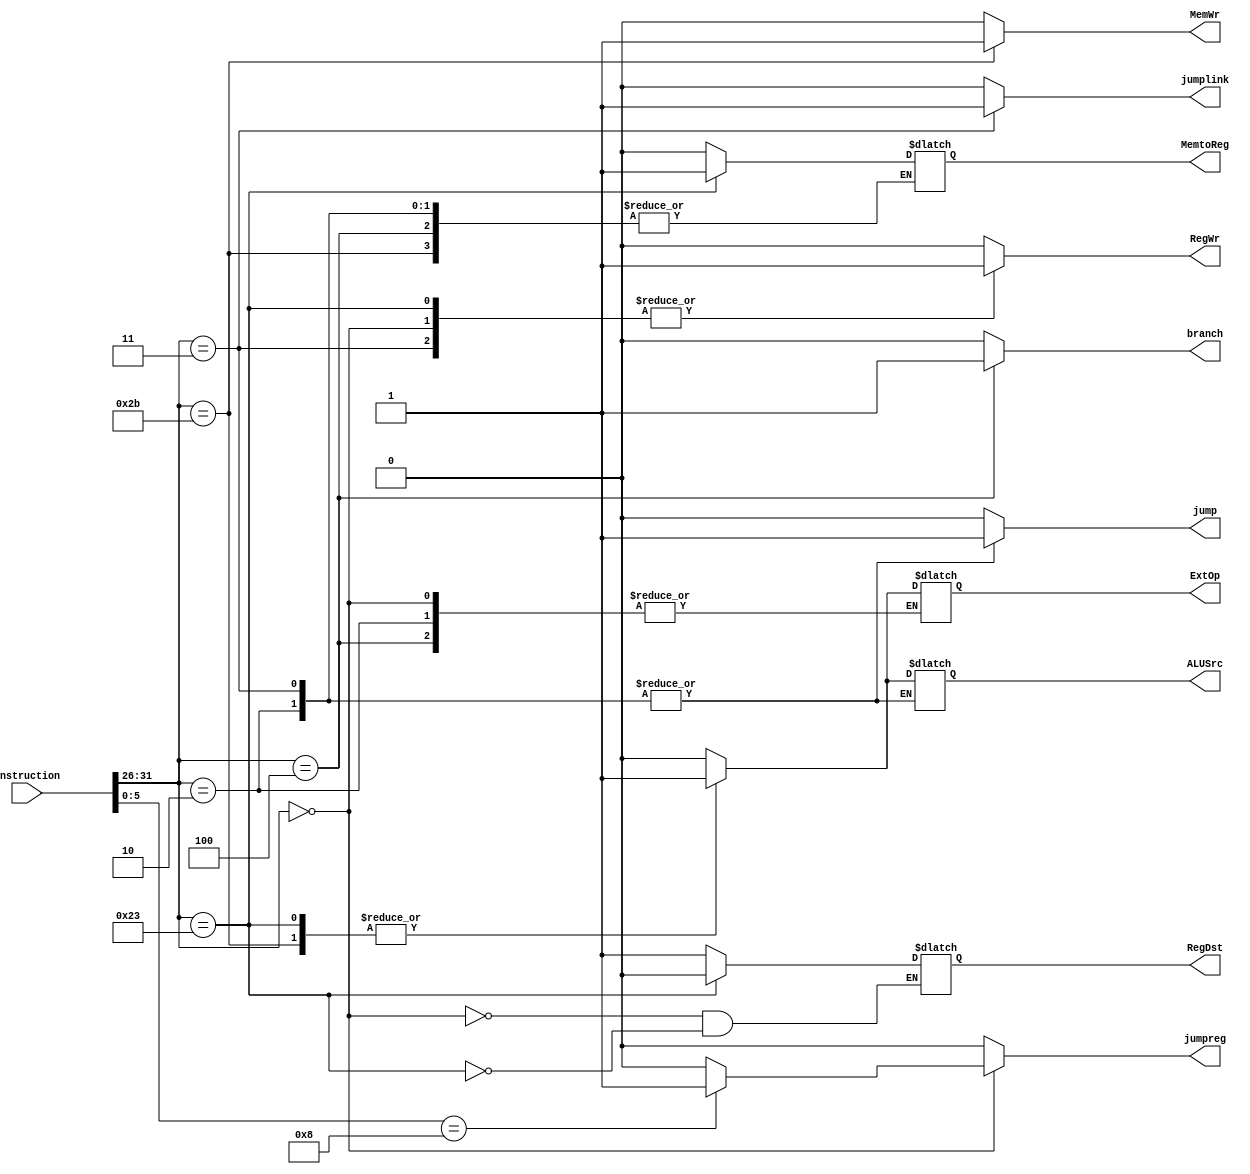
module control_unit(Instruction,RegDst,RegWr,ExtOp,ALUSrc,MemWr,MemtoReg,jump,branch,jumpreg,jumplink);
  input [31:0] Instruction;
  output RegDst,RegWr,ExtOp,ALUSrc,MemWr,MemtoReg;
  output jump,branch,jumplink,jumpreg;
  
  wire [5:0] op, func;
  
  reg RegDst,RegWr,ExtOp,ALUSrc,MemWr,MemtoReg,jump,branch,jumplink,jumpreg;
  
  assign op = Instruction[31:26];
  assign func = Instruction[5:0];

  always@(op)
  begin
  jumpreg <= 0;
  jumplink <= 0;
    case(op)
      6'b000000:begin//R_type
                  RegDst <= 1;//write in rd
                  ALUSrc <= 0;
                  MemtoReg <= 0;
                  RegWr <= 1;//write enable
                  MemWr <= 0;
                  branch <= 0;
                  jump <= 0;
                  // ExtOp = x;
                  case(func)
                        6'b001000:jumpreg <= 1;//pc_control<=busA
                        default:jumpreg <= 0; 
                  endcase                  

                end
      6'b100011:begin//lw
                  RegDst <= 0;//write in rt
                  ALUSrc <= 1;
                  MemtoReg <= 1;
                  RegWr <= 1;
                  MemWr <= 0;
                  branch <= 0;
                  jump <= 0;
                  ExtOp <= 1;
                end
      6'b101011:begin//sw
                  //RegDst = x;
                  ALUSrc <= 1;
                  //MemtoReg = x;
                  RegWr <= 0;
                  MemWr <= 1;
                  branch <= 0;
                  jump <= 0;
                  ExtOp <= 1;
                end
      6'b000100:begin//beq branch
                  //RegDst = x;
                  ALUSrc <= 0;
                  //MemtoReg = x;
                  RegWr <= 0;
                  MemWr <= 0;
                  branch <= 1;
                  jump <= 0;
                  //ExtOp = x;
                end
      6'b000010:begin//jump
                  //RegDst = x;
                  //ALUSrc = x;
                  //MemtoReg = x;
                  RegWr <= 0;
                  MemWr <= 0;
                  branch <= 0;
                  jump <= 1;
                  //ExtOp = x;
                end
      6'b000011:begin//jump and link
                  //RegDst = x;
                  //ALUSrc = x;
                  //MemtoReg = x;
                  RegWr <= 1;//target_adder write in
                  MemWr <= 0;
                  branch <= 0;
                  jump <= 1;
                  ExtOp <= 0;
                  jumplink <= 1;//write in reg31 and write pc
                end
          default: begin
                 // RegDst <= 0;
                  RegDst <= RegDst;//
                  ALUSrc <= 0;
                  MemtoReg <= 0;
                  RegWr <= 0;
                  MemWr <= 0;
                  branch <= 0;
                  jump <= 0;
                  ExtOp <= 0;
                end
      endcase
  end
endmodule